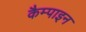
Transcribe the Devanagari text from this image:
कैम्पाइन